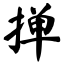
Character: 掸